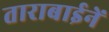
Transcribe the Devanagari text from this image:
ताराबाईनें